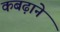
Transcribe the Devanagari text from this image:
कबढ़ाने